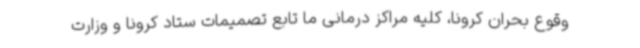
وقوع بحران کرونا، کلیه مراکز درمانی ما تابع تصمیمات ستاد کرونا و وزارت